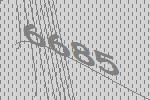
6685